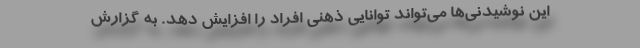
این نوشیدنی‌ها می‌تواند توانایی ذهنی افراد را افزایش دهد. به گزارش